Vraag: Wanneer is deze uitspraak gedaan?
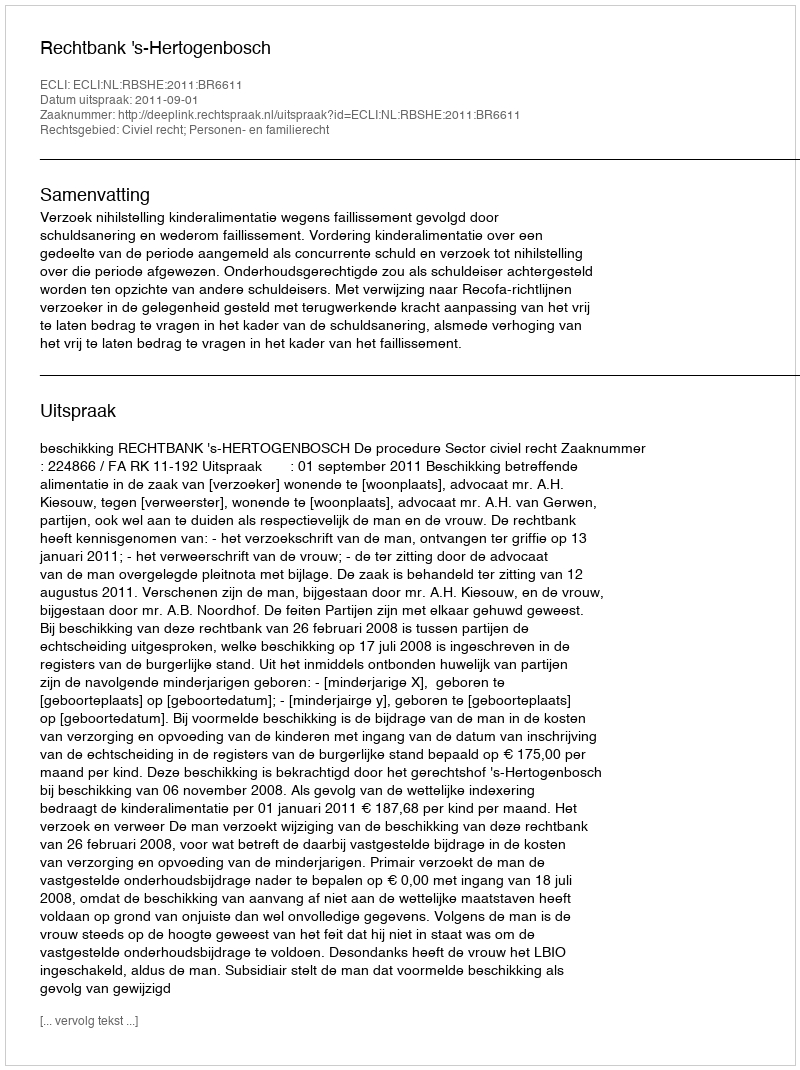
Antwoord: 2011-09-01